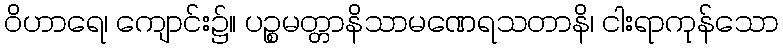
ဝိဟာရေ၊ ကျောင်း၌။ ပဉ္စမတ္တာနိသာမဏေရသတာနိ၊ ငါးရာကုန်သော